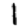
Digit: 1